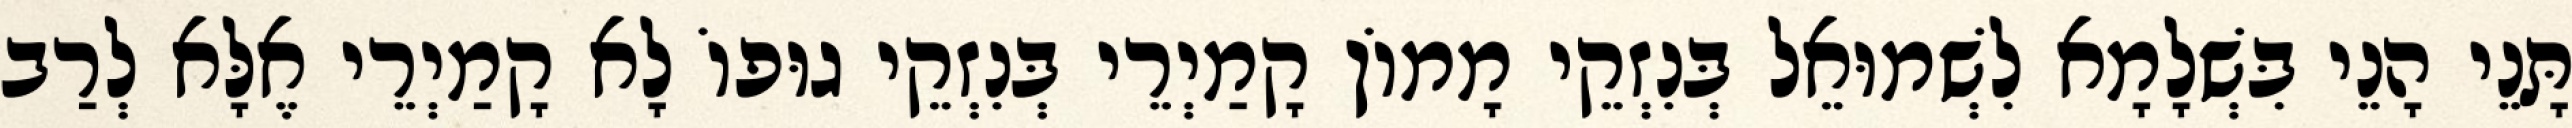
תָּנֵי הָנֵי בִּשְׁלָמָא לִשְׁמוּאֵל בְּנִזְקֵי מָמוֹן קָמַיְרֵי בְּנִזְקֵי גוּפוֹ לָא קָמַיְרֵי אֶלָּא לְרַב